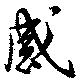
感